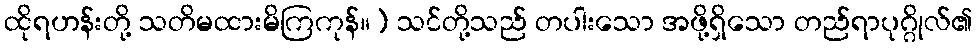
ထိုရဟန်းတို့ သတိမထားမိကြကုန်။) သင်တို့သည် တပါးသော အဖို့ရှိသော တည်ရာပုဂ္ဂိုလ်၏